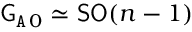
{ \mathsf { G } } _ { \mathtt { A } \, 0 } \simeq { \mathsf { S } } { \mathsf { O } } ( n - 1 )